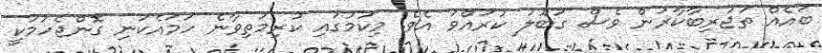
ބައެއް ތަޖުރިބާކާރުން ވެސް ގަބޫލު ކުރައްވަ އެވެ. މިކަމުގައި ކުރިމަތިވާނެ ހަމައެކަނި ގޮންޖެހުމަކީ